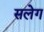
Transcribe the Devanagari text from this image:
सलेग